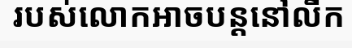
របស់លោកអាចបន្តនៅលីក